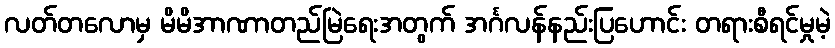
လတ်တလောမှ မိမိအာဏာတည်မြဲရေးအတွက် အင်္ဂလန်နည်းပြဟောင်း တရားစီရင်မှုမဲ့